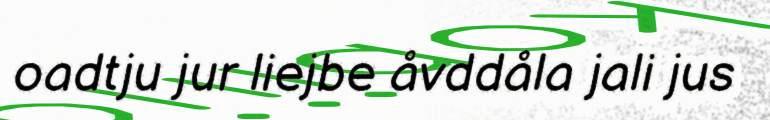
oadtju jur liejbe åvddåla jali jus